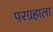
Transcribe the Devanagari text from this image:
परग्रहाला